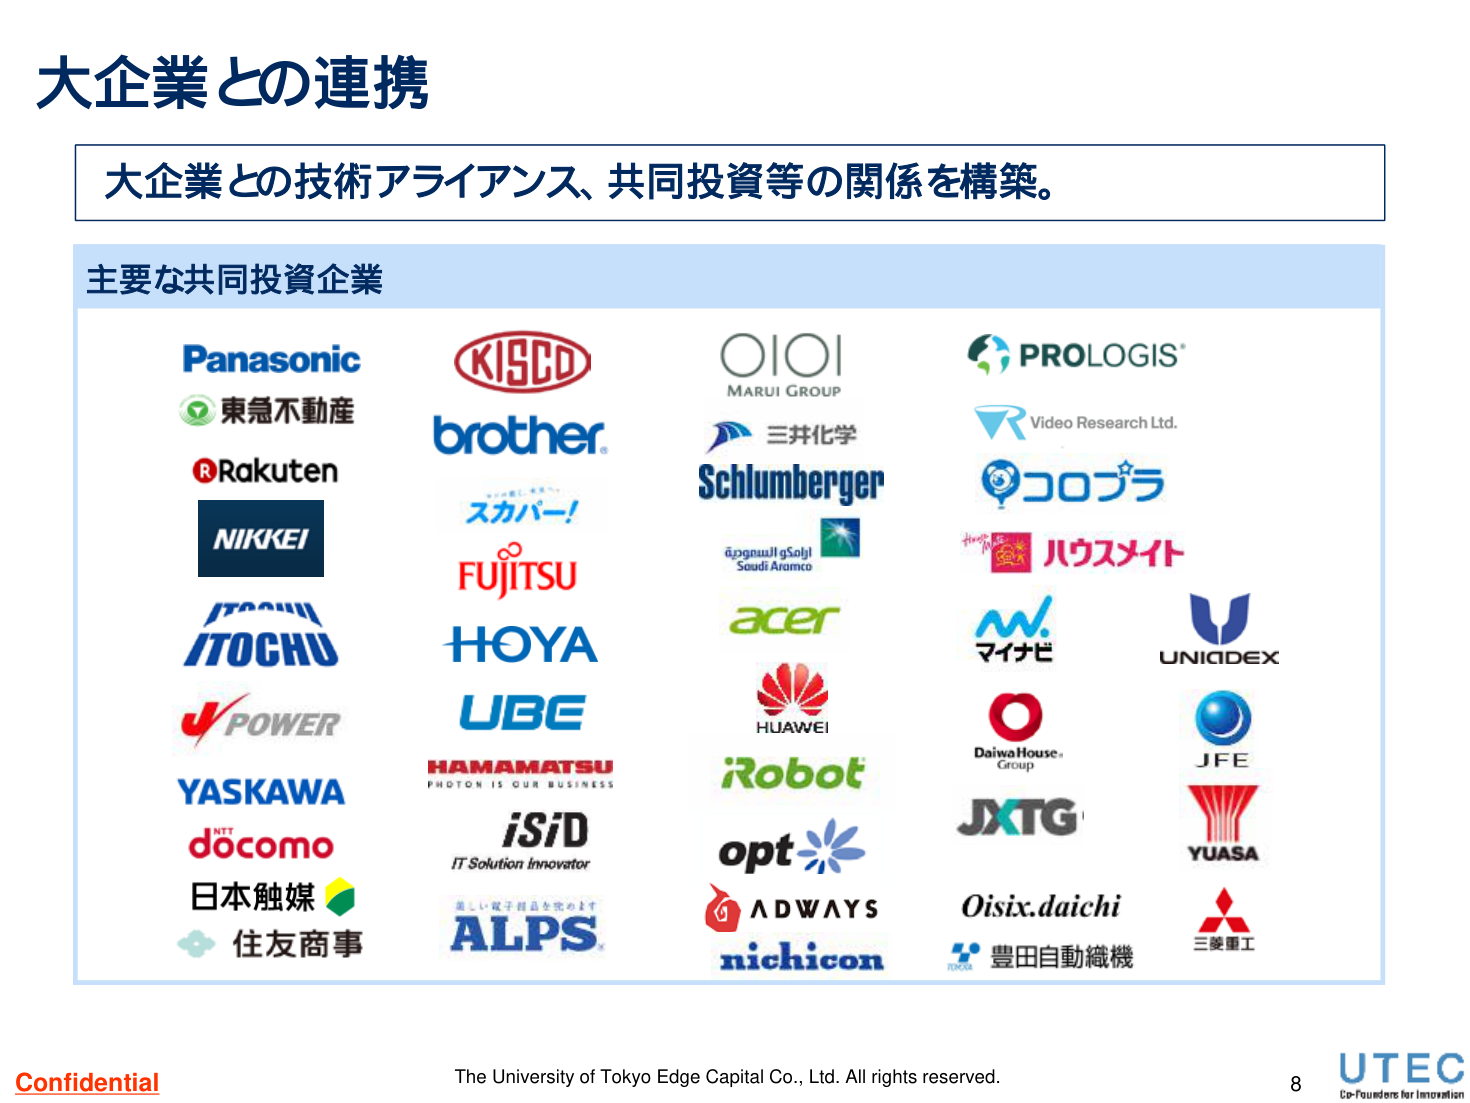
大企業との連携

大企業との技術アライアンス、共同投資等の関係を構築。

主要な共同投資企業

Panasonic
東急不動産
Rakuten
NIKKEI
ITOCHU
J POWER
YASKAWA
docomo
日本触媒
住友商事

KISCO
brother
スカパー！
FUJITSU
HOYA
UBE
HAMAMATSU
PHOTON IS OUR BUSINESS
iSiD
IT Solution Innovator
ALPS
美しい電子部品を究めます

OIOI
MARUI GROUP
三井化学
Schlumberger
Saudi Aramco
acer
HUAWEI
iRobot
opt
ADWAYS
nichicon

PROLOGIS
Video Research Ltd.
コロプラ
ハウスメイト
マイナビ
UNIDEX
Daiwa House Group
JXTG
YUASA
Oisix.daichi
豊田自動織機
三菱重工

Confidential
The University of Tokyo Edge Capital Co., Ltd. All rights reserved.
8
UTEC
Co-Founders for Innovation